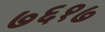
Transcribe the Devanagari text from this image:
७६१७